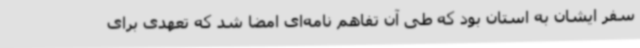
سفر ایشان به استان بود که طی آن تفاهم نامه‌ای امضا شد که تعهدی برای